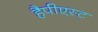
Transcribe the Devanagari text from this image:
हैपीएस्ट